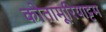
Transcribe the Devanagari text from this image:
कोतामूरियाट्टम